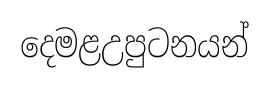
දෙමළඋපුටනයන්